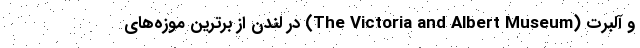
و آلبرت (The Victoria and Albert Museum) در لندن از برترین موزه‌های